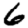
Digit: 6